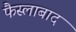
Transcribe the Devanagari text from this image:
फैस्लाबाद